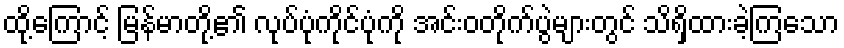
ထို့ကြောင့် မြန်မာတို့၏ လုပ်ပုံကိုင်ပုံကို အင်းဝတိုက်ပွဲများတွင် သိရှိထားခဲ့ကြသော